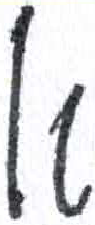
אות: א